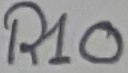
Text: R10